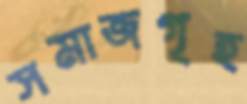
সমাজগৃহ